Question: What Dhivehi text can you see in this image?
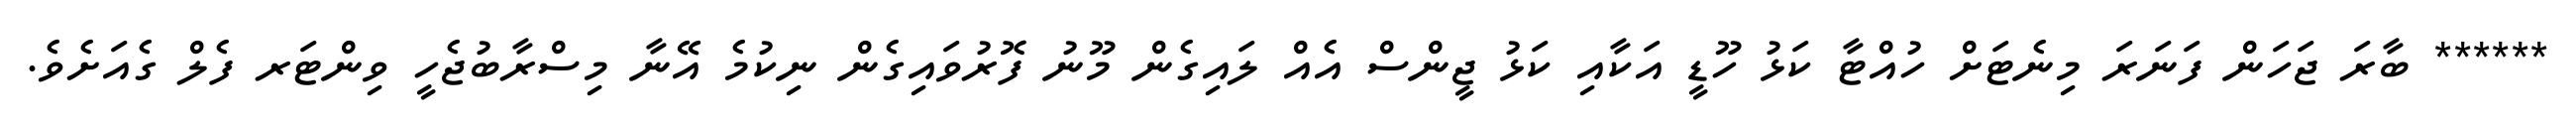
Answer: ****** ބާރަ ޖަހަން ފަނަރަ މިނެޓަށް ހުއްޓާ ކަޅު ހޫޑީ އަކާއި ކަޅު ޖީންސް އެއް ލައިގެން މޫނު ފޮރުވައިގެން ނިކުމެ އޭނާ މިސްރާބުޖެހީ ވިންޓަރ ފެލް ގެއަށެވެ.